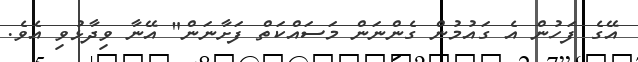
އޭގެ ފަހުން އެ ގައުމުން ގެންނަން މަސައްކަތް ފަށާނަން" އޭނާ ވިދާޅުވި އެވެ.